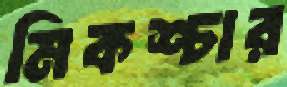
মিকশ্চার